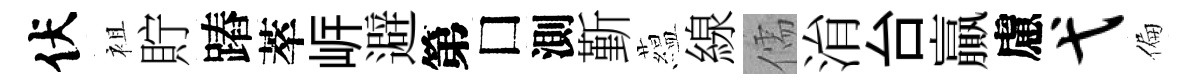
伏袓貯蹖萃㟁避第□測斳藴線儒㳙台贏慮弋偏